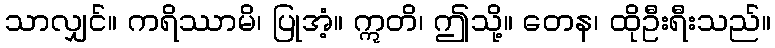
သာလျှင်။ ကရိဿာမိ၊ ပြုအံ့။ ဣတိ၊ ဤသို့။ တေန၊ ထိုဦးရီးသည်။